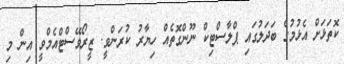
ކޮތަޅަށް އެޅުމުގެ ބަދަލުގައި ޕްލާސްޓިކް ނޫންގޮތެއް ހިޔާރު ކުރަންވީ. ޒީރޯވޭސްޓްއެމްވީ އިން މި